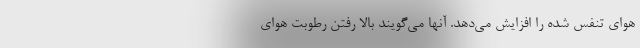
هوای تنفس شده را افزایش می‌دهد. آنها می‌گویند بالا رفتن رطوبت هوای